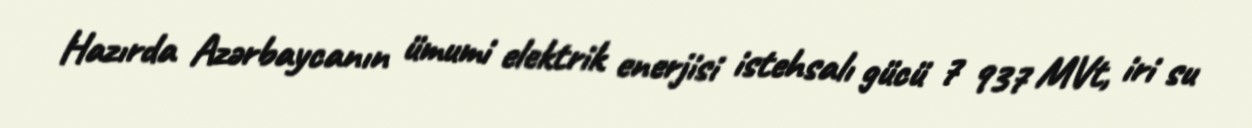
Hazırda Azərbaycanın ümumi elektrik enerjisi istehsalı gücü 7 937 MVt, iri su